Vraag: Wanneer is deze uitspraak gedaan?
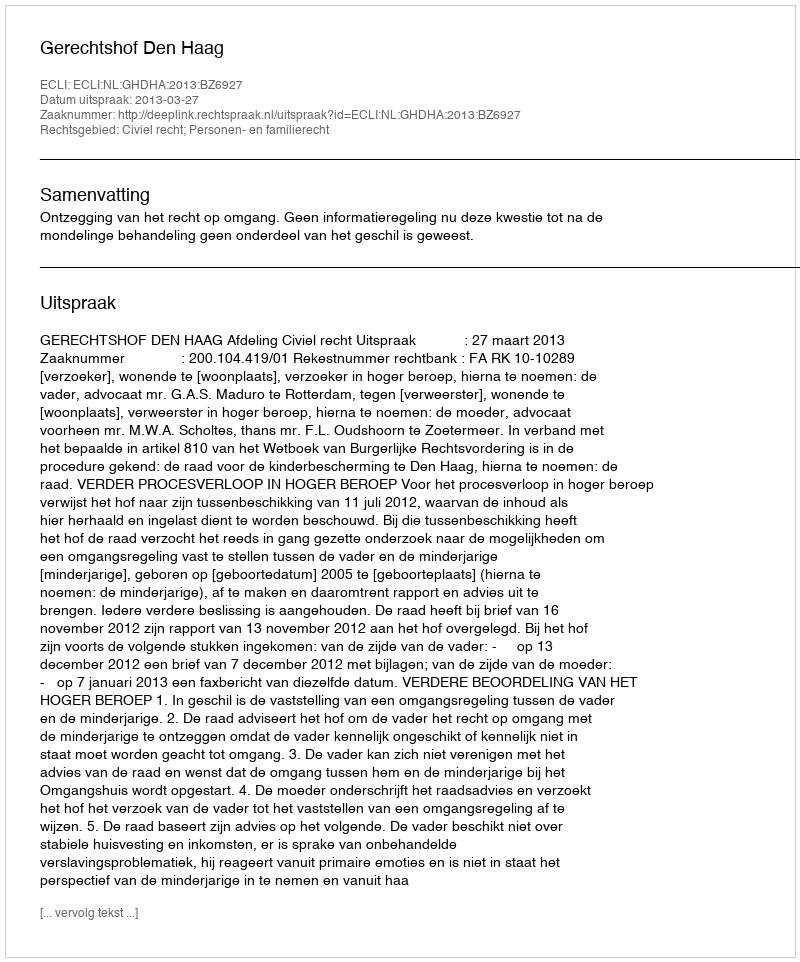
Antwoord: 2013-03-27